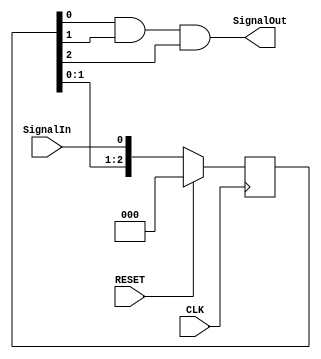
`timescale 1ns / 1ps
/*

	Antirrebote y sincronizador - State
	
	Descripcion: 
	Permite sincronizar y quitar rebote a las seales estaticas
	
	Entradas y salidas:
	CLK
	SignalIn
	SignalOut
	RESET

	Fecha: 10/Sep/2016
	Implementador: Luis Leon
	
*/

module stateDebouncer(

	input CLK,
	input SignalIn,
	output SignalOut,
	input RESET
    );

	reg [2:0] contador;

   always @ (posedge CLK)
      if (RESET == 1)
         contador <= 3'b000;
      else
         contador <= {contador[1:0], SignalIn};

   assign SignalOut = contador[0] & contador[1] & contador[2];
	
endmodule